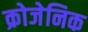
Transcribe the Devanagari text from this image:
क्रोजेनिक